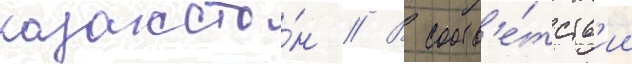
казахста́н // В соотв'е́тств'ии